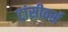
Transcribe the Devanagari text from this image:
ट्रांसीवर्स